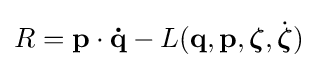
R=\mathbf {p} \cdot \mathbf {\dot {q}} -L(\mathbf {q} ,\mathbf {p} ,{\boldsymbol {\zeta }},{\dot {\boldsymbol {\zeta }}})